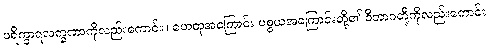
ပရိက္ခာရလက္ခဏာကိုလည်းကောင်း။ ဟေတုအကြောင်း ပစ္စယအကြောင်းတို့၏ ဝိဘာဂတို့ကိုလည်းကောင်း